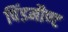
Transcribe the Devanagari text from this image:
पिंडमौण्ट